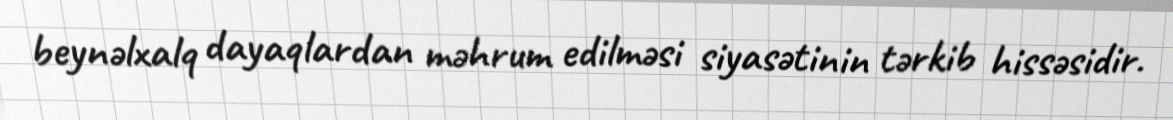
beynəlxalq dayaqlardan məhrum edilməsi siyasətinin tərkib hissəsidir.